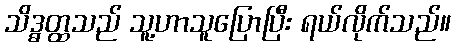
သိဒ္ဓတ္ထသည် သူ့ဟာသူပြောပြီး ရယ်လိုက်သည်။